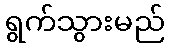
ရွက်သွားမည်